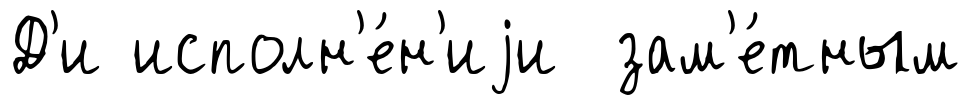
Д'и исполн'е́н'иjи зам'е́тным